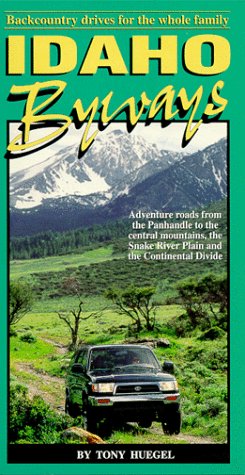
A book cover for Idaho Byways: Backcountry drives for the whole family (Backcountry Byways); Tony Huegel; Travel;